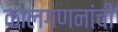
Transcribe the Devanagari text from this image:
कालगणनांची